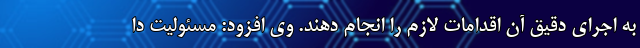
به اجرای دقیق آن اقدامات لازم را انجام دهند. وی افزود: مسئولیت دا